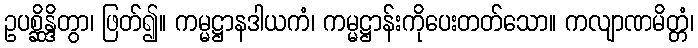
ဥပစ္ဆိန္ဒိတွာ၊ ဖြတ်၍။ ကမ္မဋ္ဌာနဒါယကံ၊ ကမ္မဋ္ဌာန်းကိုပေးတတ်သော။ ကလျာဏမိတ္တံ၊